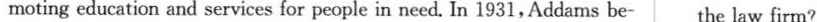
moting education and services for people in need. In 1931, Addams be the law firm?